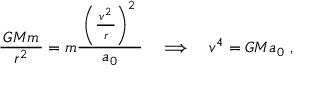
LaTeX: { \frac { \, G M m \, } { r ^ { 2 } } } = m { \frac { \; \left( { \frac { \, v ^ { 2 } \, } { r } } \right) ^ { 2 } \; } { a _ { 0 } } } \quad \Longrightarrow \quad v ^ { 4 } = G M a _ { 0 } ~ ,